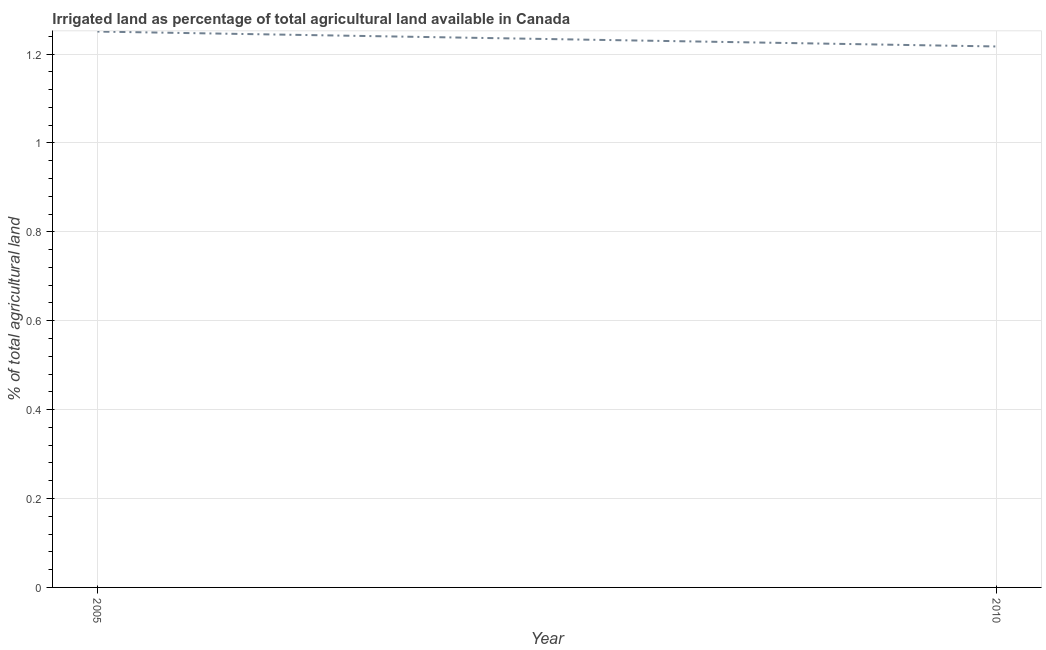
| Year | Agricultural irrigated land  |
 | --- | --- |
 | 2005 | 1.25 |
 | 2010 | 1.22 |